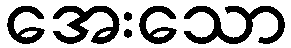
အေးသော